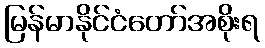
မြန်မာနိုင်ငံတော်အစိုးရ